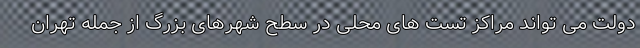
دولت می تواند مراکز تست های محلی در سطح شهرهای بزرگ از جمله تهران